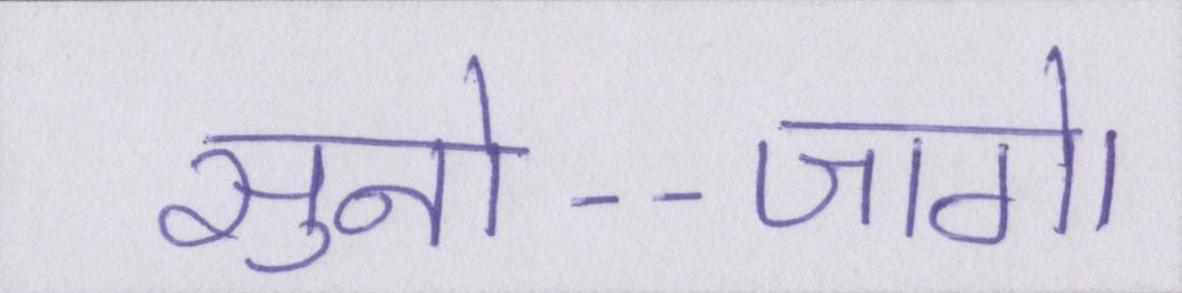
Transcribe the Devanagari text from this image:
सुनो--जागे।